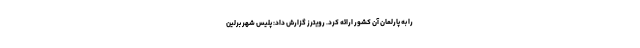
را به پارلمان آن کشور ارائه کرد. رویترز گزارش داد: پلیس شهر برلین